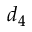
d _ { 4 }